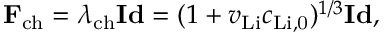
\mathbf { F } _ { \mathrm { c h } } = \lambda _ { \mathrm { c h } } \mathbf { I d } = ( 1 + v _ { \mathrm { L i } } c _ { \mathrm { L i , 0 } } ) ^ { 1 / 3 } \mathbf { I d } ,